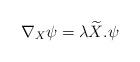
LaTeX: \begin{align*}\nabla_X\psi=\lambda\widetilde{X}.\psi\end{align*}